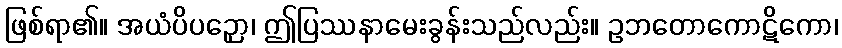
ဖြစ်ရာ၏။ အယံပိပဉှော၊ ဤပြဿနာမေးခွန်းသည်လည်း။ ဥဘတောကောဋိကော၊